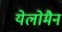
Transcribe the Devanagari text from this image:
येलोमैन